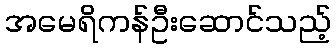
အမေရိကန်ဦးဆောင်သည့်